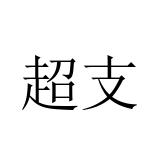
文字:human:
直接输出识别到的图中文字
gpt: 超支